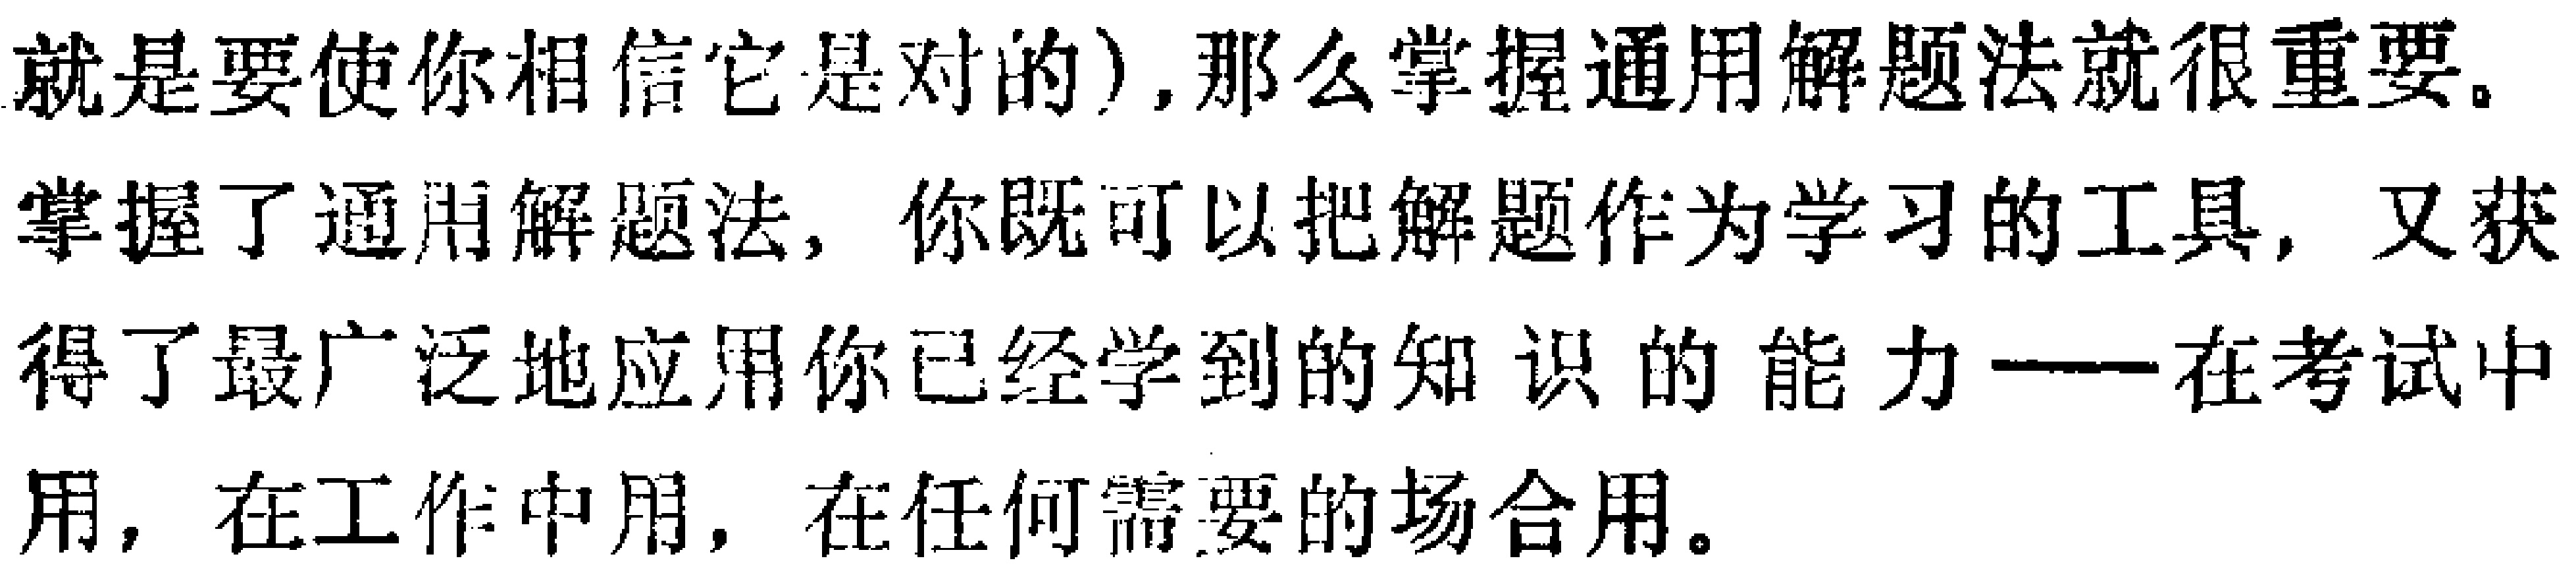
就是要使你相信它是对的), 那么掌握通用解题法就很重要。
掌握了通用解题法, 你既可以把解题作为学习的工具, 又获
得了最广泛地应用你已经学到的知识的能力——在考试中
用, 在工作中用, 在任何需要的场合用。